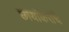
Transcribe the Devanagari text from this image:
छायांकरांचे